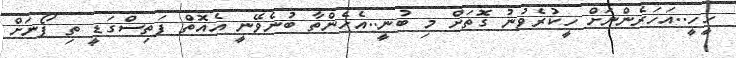
ހީހީ..އަހަރެންނަށް ހީކުރެވުނު ގޮތަށް މި ބުނީ..އެހެންތާ ބުނެވޭނީ އެއޮތް ފަތިސްގަޑީ ތި ފޯނަށް